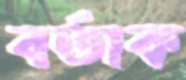
বর্তাক